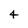
Character: 4